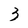
Character: 3